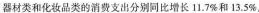
器材类和化品类的消费支出分别同比增长11.7%和13.5%。